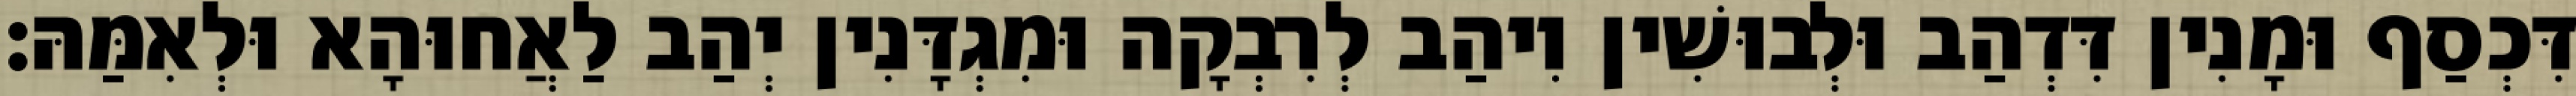
דִּכְסַף וּמָנִין דִּדְהַב וּלְבוּשִׁין וִיהַב לְרִבְקָה וּמִגְדָּנִין יְהַב לַאֲחוּהָא וּלְאִמַּהּ׃